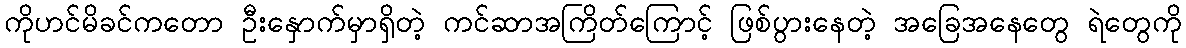
ကိုဟင်မိခင်ကတော ဦးနှောက်မှာရှိတဲ့ ကင်ဆာအကြိတ်ကြောင့် ဖြစ်ပွားနေတဲ့ အခြေအနေတွေ ရဲတွေကို